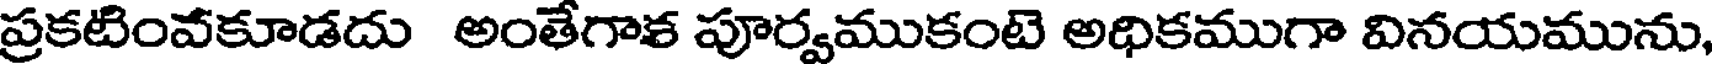
ప్రకటింవకూడదు అంతేగాక పూర్వముకంటె అధికముగా వినయమును,